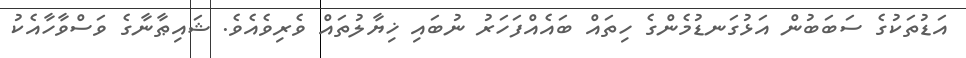
އަޑުތަކުގެ ސަބަބުން އަޅުގަނޑުމެންގެ ހިތައް ބައެއްފަހަރު ނުބައި ޚިޔާލުތައް ވެރިވެއެވެ. ޝައިޠާނާގެ ވަސްވާހާއެކު